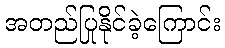
အတည်ပြုနိုင်ခဲ့ကြောင်း